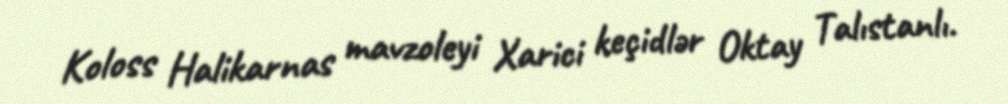
Koloss Halikarnas mavzoleyi Xarici keçidlər Oktay Talıstanlı.